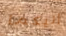
إليكما